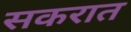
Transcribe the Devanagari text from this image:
सकरात